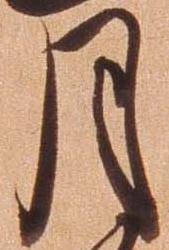
月